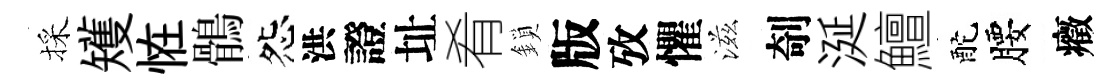
採矱恠鶻怨洪證址肴鎖版攷懼滋剞涎鱣酡腰癥